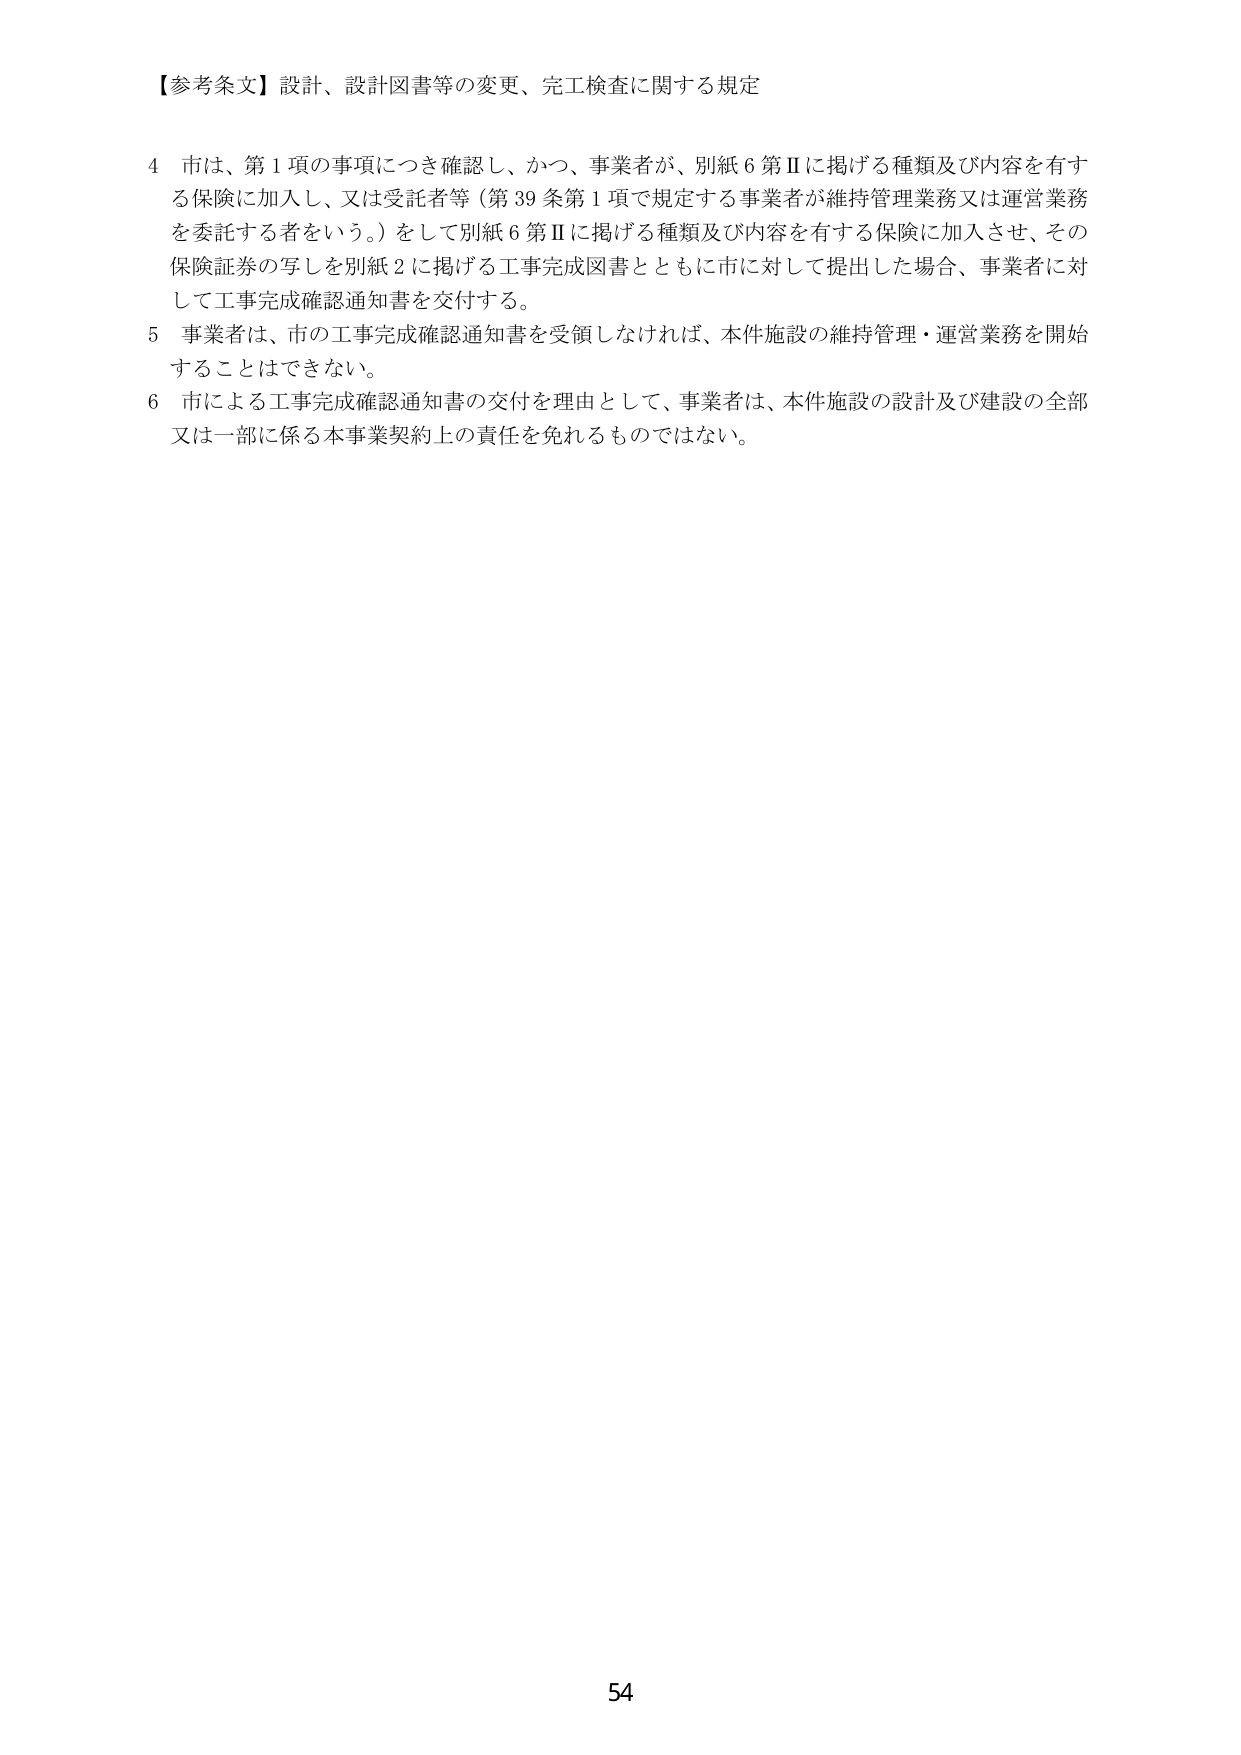
【参考条文】設計、設計図書等の変更、完工検査に関する規定

4 市は、第1項の事項につき確認し、かつ、事業者が、別紙6第Ⅱに掲げる種類及び内容を有する保険に加入し、又は受託者等（第39条第1項で規定する事業者が維持管理業務又は運営業務を委託する者をいう。）をして別紙6第Ⅱに掲げる種類及び内容を有する保険に加入させ、その保険証券の写しを別紙2に掲げる工事完成図書とともに市に対して提出した場合、事業者に対して工事完成確認通知書を交付する。

5 事業者は、市の工事完成確認通知書を受領しなければ、本件施設の維持管理・運営業務を開始することはできない。

6 市による工事完成確認通知書の交付を理由として、事業者は、本件施設の設計及び建設の全部又は一部に係る本事業契約上の責任を免れるものではない。

54